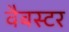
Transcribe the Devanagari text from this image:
वैबस्टर